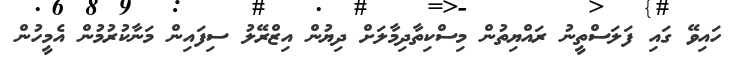
ހައިވޭ ގައި ފަލަސްތީނު ރައްޔިތުން މިސްކިތާދިމާލަށް ދިޔުން އިޒްރޭލު ސިފައިން މަނާކުރުމުން އެމީހުން